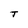
Character: T